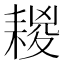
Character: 䎫